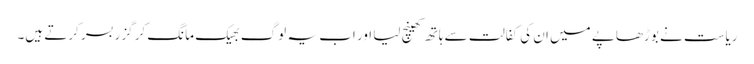
ریاست نے بوڑھاپے میں ان کی کفالت سے ہاتھ کھینچ لیا اور اب یہ لوگ بھیک مانگ کر گزر بسر کرتے ہیں۔